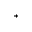
^ +